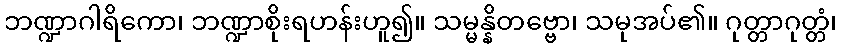
ဘဏ္ဍာဂါရိကော၊ ဘဏ္ဍာစိုးရဟန်းဟူ၍။ သမ္မန္နိတဗ္ဗော၊ သမုအပ်၏။ ဂုတ္တာဂုတ္တံ၊